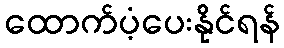
ထောက်ပံ့ပေးနိုင်ရန်